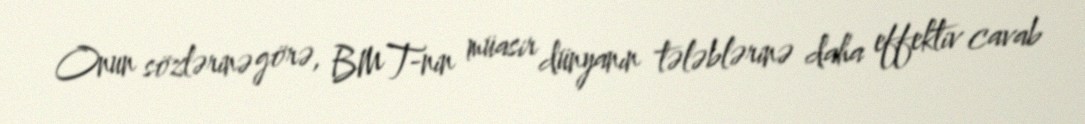
Onun sözlərinə görə, BMT-nin müasir dünyanın tələblərinə daha effektiv cavab